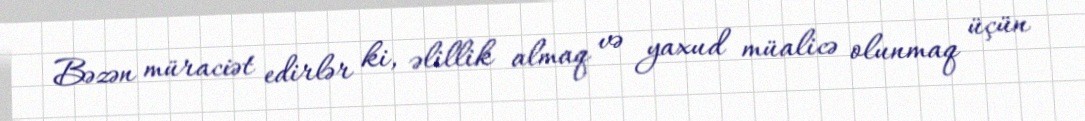
Bəzən müraciət edirlər ki, əlillik almaq və yaxud müalicə olunmaq üçün